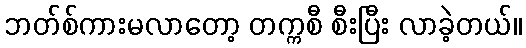
ဘတ်စ်ကားမလာတော့ တက္ကစီ စီးပြီး လာခဲ့တယ်။